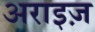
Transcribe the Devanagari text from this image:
अराइज़